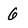
Character: 6